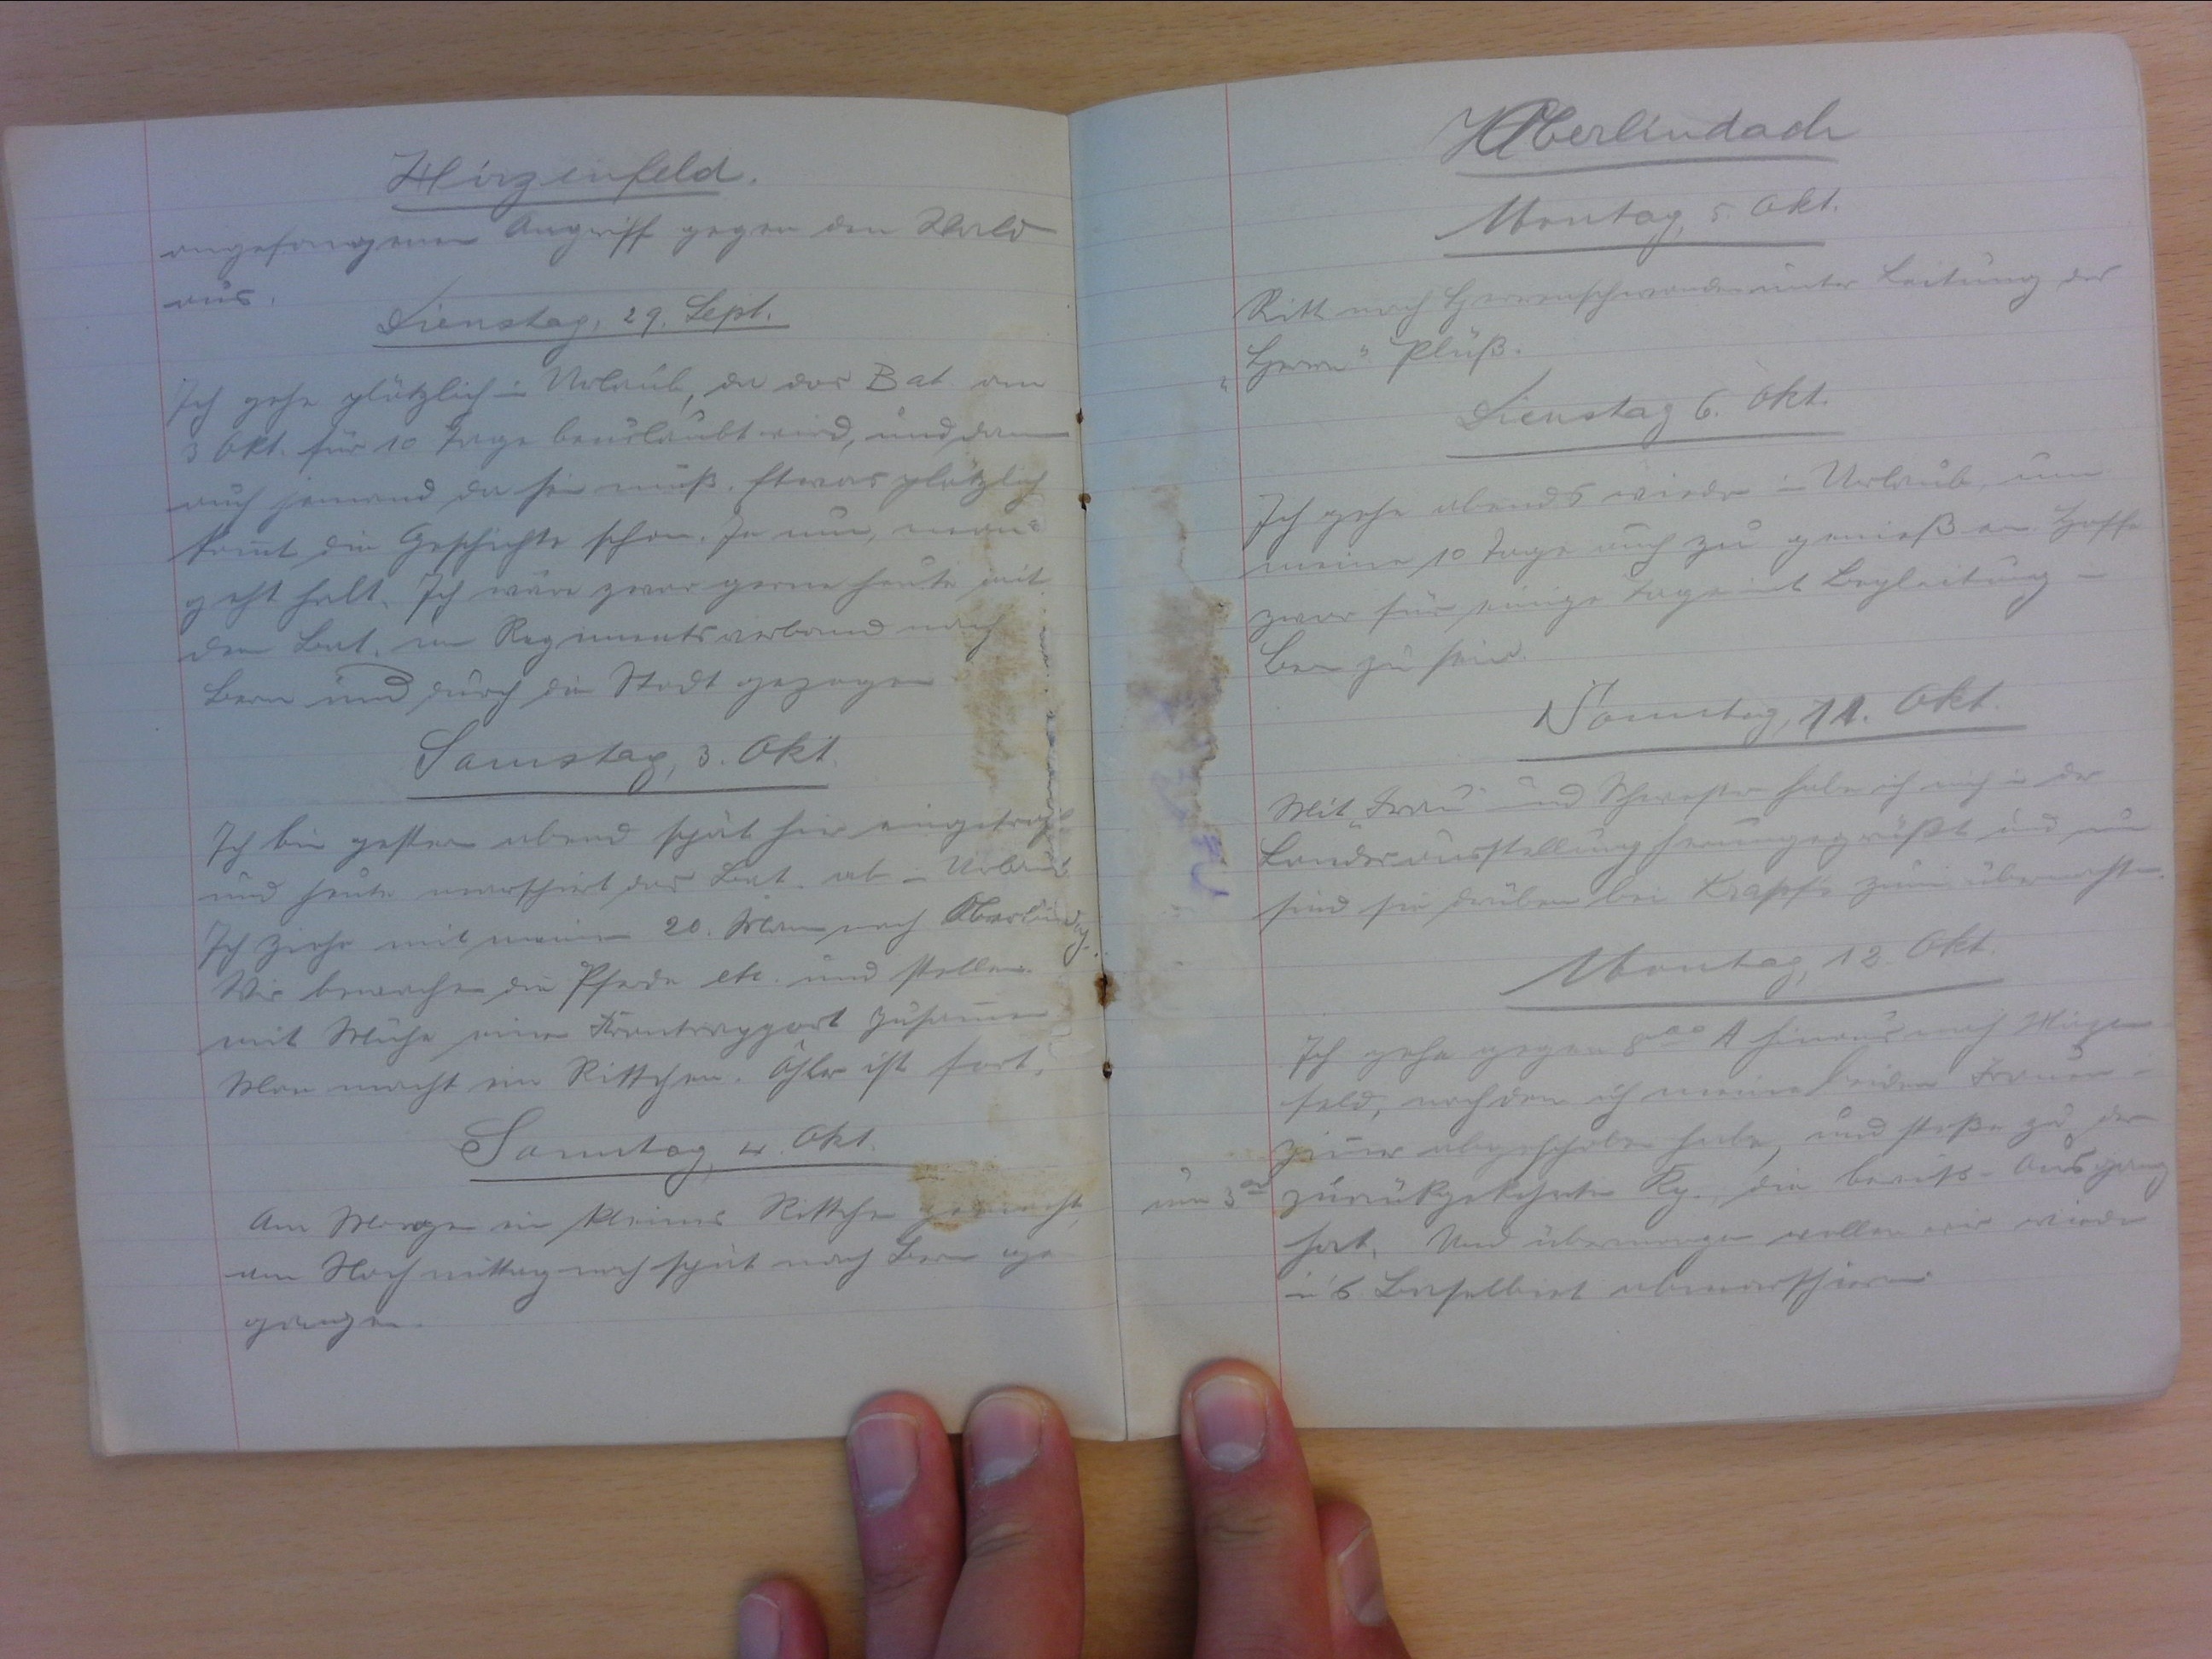
Hirzenfeld
angefangenen Angriff gegen den Wald
aus.
Dienstag, 29. Sept.
Ich gehe plötzlich in Urlaub, da das Bat. nun
bis Okt. für 10 Tage beurlaubt wird, und dann
auch jemand da sein muss. Etwas plötzlich
kommt die Geschichte schon. Ja nun, man
geht halt. Ich wäre zwar gerne heute mit
dem Bat. im Regimentsverbund nach
Bern und durch die Stadt gezogen.
Samstag, 3. Okt.
Ich bin gestern abend spät hier eingetroffen
und heute marschiert das Bat. ab in Urlaub.
Ich ziehe mit meinen 20 Mann nach Oberlindach.
Wir bewachen die pferde etc. und stellen
mit Mühe einen Frontrapport zusammen.
Man macht ein Rittchen. Gler ist fort.
Samstag, 4. Okt.
Am Morgen ein kleines Rittchen gemacht.
Am Nachmittag noch spät nach Bern ge-
gangen.

Oberlindach
Montag, 5. Okt.
Ritt nach Herrenschwanden unter Leitung des
"Herrn" Plüss.
Dienstag, 6. Okt.
Ich gehe abends wieder in Urlaub, um
meine 10 Tage auch zu geniessen. Hoffe
zwar für einige Tage mit Begleitung in
Bern zu sein.
Samstag, 11. Okt.
Mit "Frau" und Schwester habe ich mich in der
Landesausstellung herumgegrüsst und nun
sind sie drüben bei Krapf's zum übernachten.
Montag, 12. Okt.
Ich gehe gegen 800 A. hinaus auf Hirzen-
feld, nachdem ich meine beiden Frauen-
zimmer abgeschoben habe, und stosse zu der
zurückgekehrten Kp., die bereits Ausgang
hat. Und übermorgen wollen wir wieder
in's Baselbiet abmarschieren.